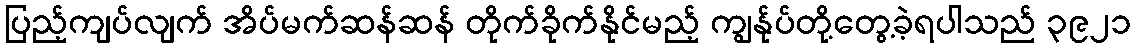
ပြည့်ကျပ်လျက် အိပ်မက်ဆန်ဆန် တိုက်ခိုက်နိုင်မည့် ကျွန်ုပ်တို့တွေ့ခဲ့ရပါသည် ၃၉၂၁